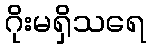
ဂိုးမရှိသရေ